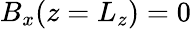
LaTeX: B_{x}(z=L_{z})=0